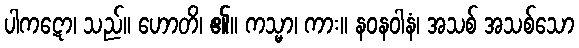
ပါကဋော၊ သည်။ ဟောတိ၊ ၏။ ကသ္မာ၊ ကား။ နဝနဝါနံ၊ အသစ် အသစ်သော